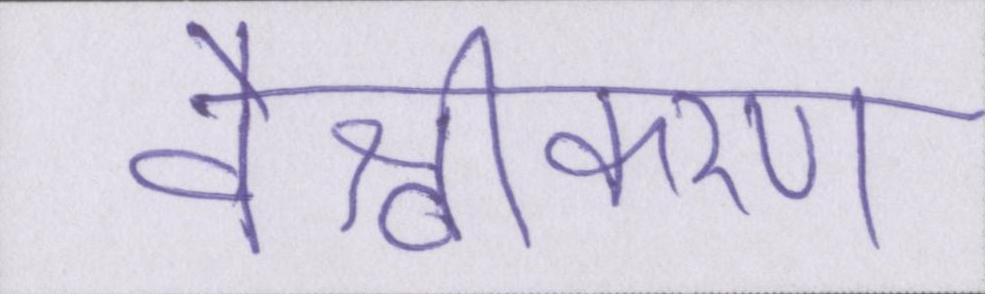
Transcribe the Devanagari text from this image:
वैश्वीकरण